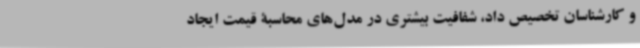
و کارشناسان تخصیص داد، شفافیت بیشتری در مدل‌های محاسبۀ قیمت ایجاد